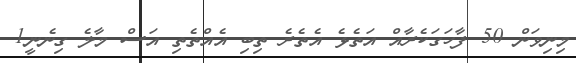
މިނިވަން 50 ފާހަގަކެރާއް އަތެޅެ އެތެރެ ތިބި އެއްތެތި އަސް މާލެ ގިނެނީ1